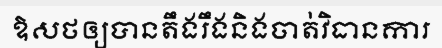
ឱសថឲ្យបានតឹងរឹងនិងចាត់វិធានការ